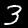
Digit: 3